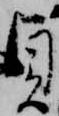
貞